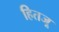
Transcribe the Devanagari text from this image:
हितजू